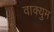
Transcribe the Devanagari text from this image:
वाक्युम